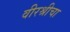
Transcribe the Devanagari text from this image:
वीरश्रीचा